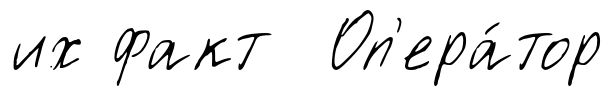
их факт Оп'ера́тор